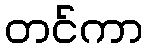
တင်ကာ